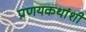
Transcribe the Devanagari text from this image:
प्रणयकथांशी